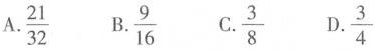
A.\frac{21}{32} B.\frac{9}{16}